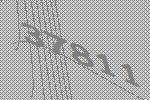
37811